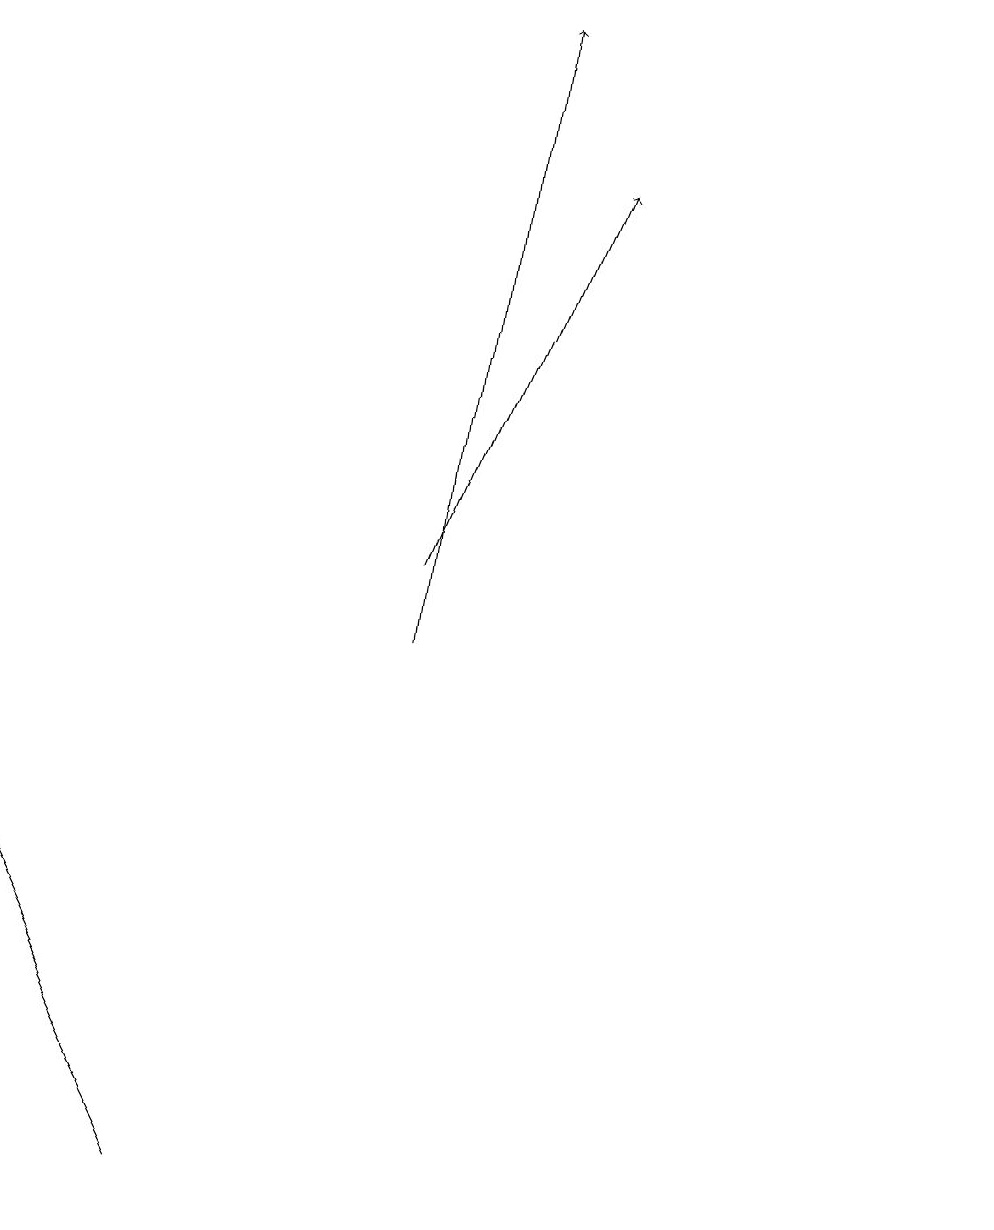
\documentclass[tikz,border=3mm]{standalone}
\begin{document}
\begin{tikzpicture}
\draw (12,12) circle (0);
\draw (11,10) circle (0);
\draw (0,8) -- (2,4) -- (1,6) -- cycle;
\draw[->] (5,11) -- (6,19);
\draw[->] (5,12) -- (7,17);
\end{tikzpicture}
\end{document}